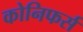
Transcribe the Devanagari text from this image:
कोनिफर्स